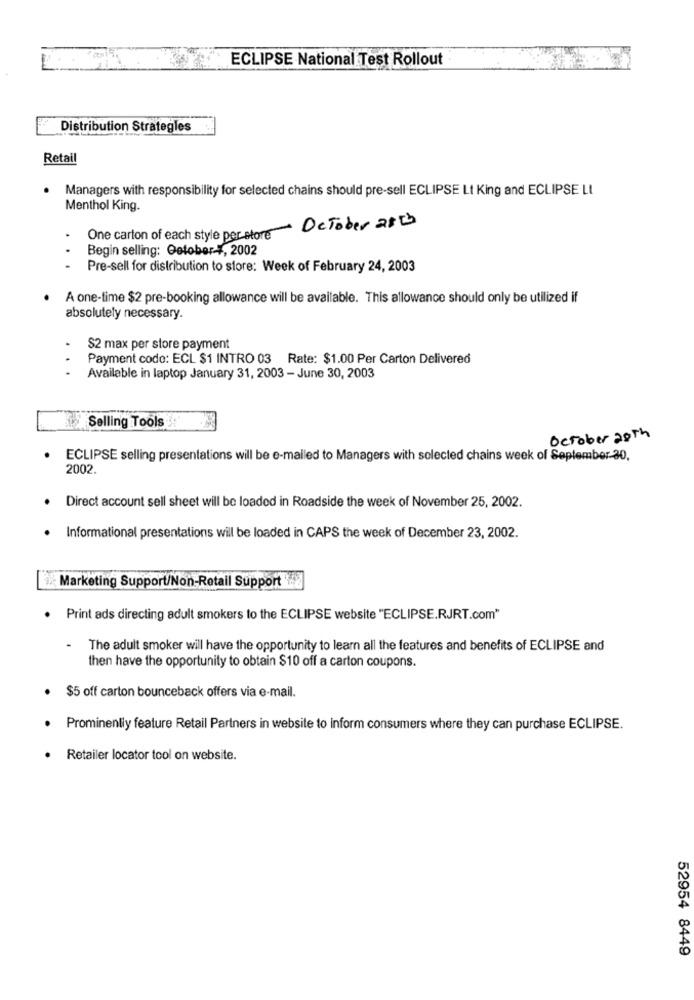
ECLIPSE National Test Rollout
Distribution Strategles
Retail
Managers with responsibility for selected chains should pre-sell ECLIPSE Lt King and ECLIPSE LI
Menthol King.
One carton of each style perstore October 28ts
Begin selling: October-4, 2002
Pre-sell for distribution to store: Week of February 24, 2003
A one-time $2 pre-booking allowance will be available. This allowance should only be utilized if
absolutely necessary.
$2 max per store payment
Payment code: ECL $1 INTRO 03 Rate: $1.00 Per Carton Delivered
...
Available in laptop January 31, 2003 - June 30, 2003
Selling Tools
October 20th
ECLIPSE selling presentations will be e-mailed to Managers with selected chains week of September 30.
2002.
Direct account sell sheet will be loaded in Roadside the week of November 25, 2002.
Informational presentations will be loaded in CAPS the week of December 23, 2002.
Marketing Support/Non-Retail Support
Print ads directing adult smokers to the ECLIPSE website "ECLIPSE.RJRT.com"
.
The adult smoker will have the opportunity to learn all the features and benefits of ECLIPSE and
then have the opportunity to obtain $10 off a carton coupons.
$5 off carton bounceback offers via e-mail.
Prominently feature Retail Partners in website to inform consumers where they can purchase ECLIPSE.
Retailer locator tool on website.
52954 8449